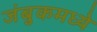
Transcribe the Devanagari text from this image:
जंबुकमध्ये